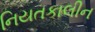
નિયતકાલીન